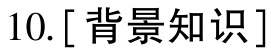
10. [背景知识]